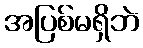
အပြစ်မရှိဘဲ